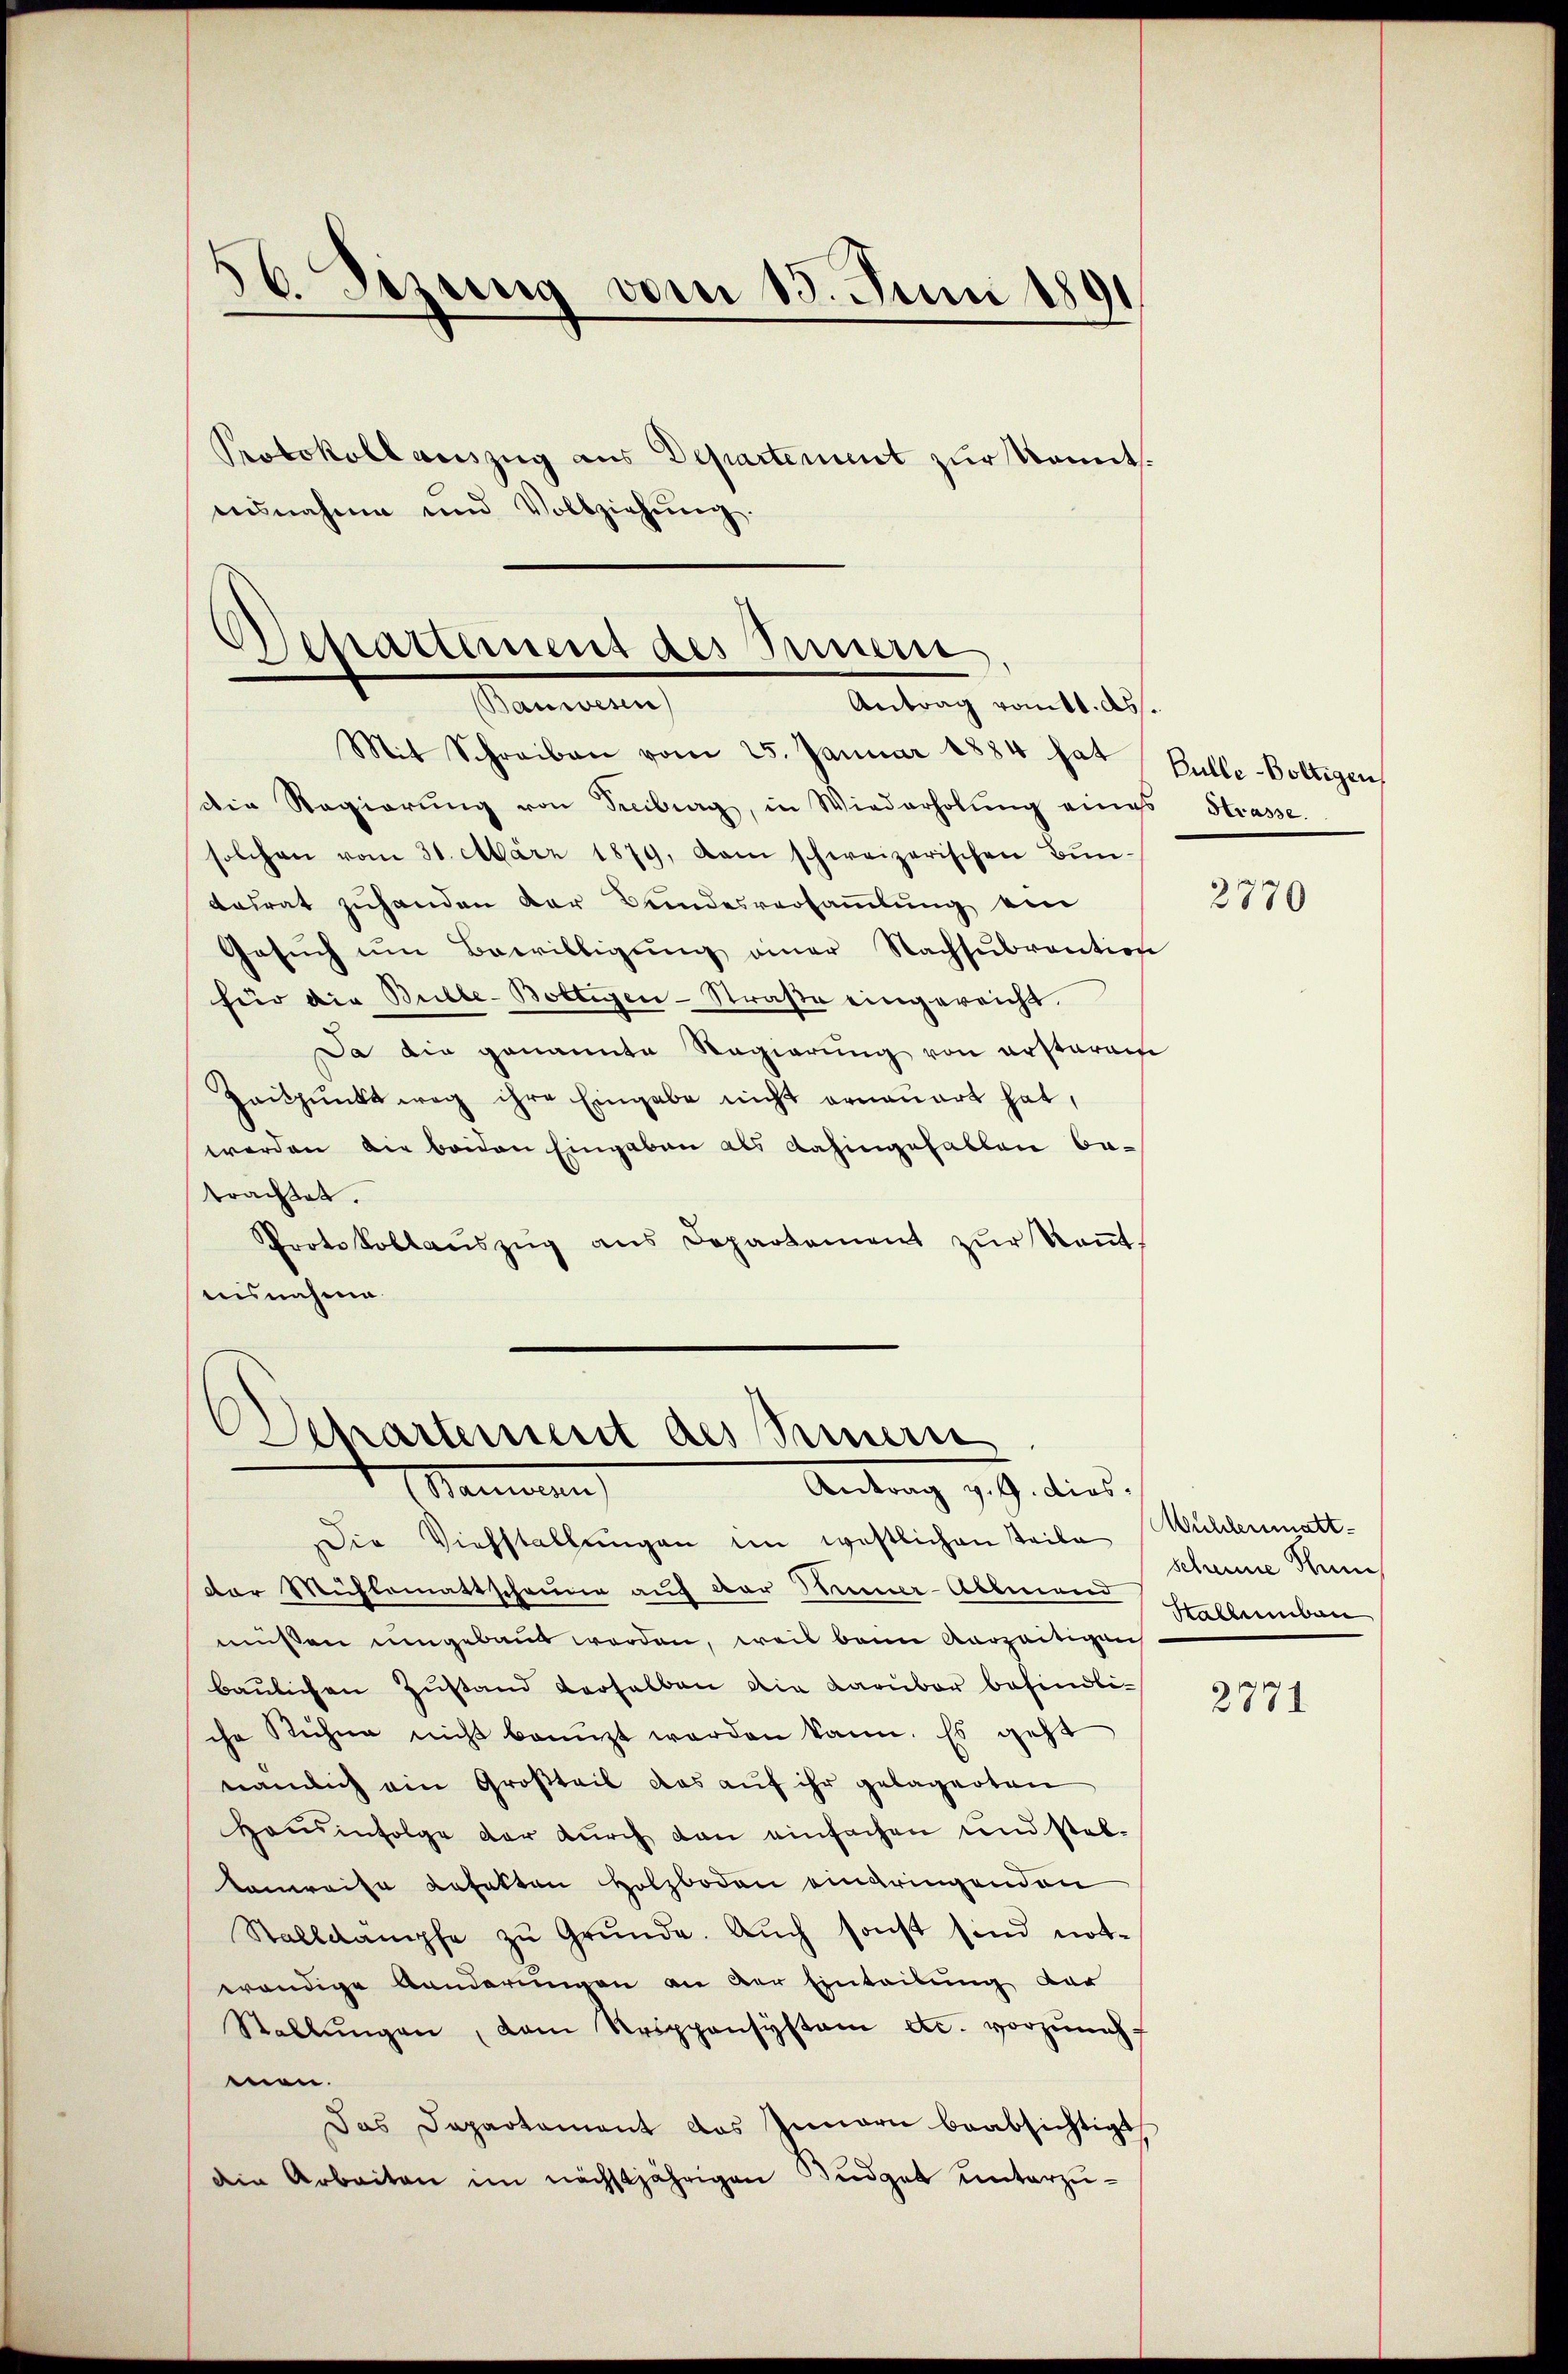
Mit Schreiben vom 25. Januar 1884 hat Bulle-Voltigen
die Regierŭng von Freiburg, in Wiederholŭng eines Strasse
solchen vom 31. März 1879, kam schweizerischen Bundatrat zuhanden der Bundesversammlung ein
Gesŭch ŭm Bewilligŭng einer Nachsubvention
für die Bulle-Boltigen - Straße eingereicht.
Da die genannte Regierung von ersterem
Zeitpunkt weg ihre Eingabe nicht ernauert hat,
werden die beiden Eingaben als dahingehalten betrachtet.
Protokollaŭszŭg ans Departement zŭr Keṅt
aisnahme

56. Sezung vom 15. Juni 1891

Protokoll auszug aus Departement zur konnt.
asnahme und Vollziehŭng.

tartement des Innern
Bauwesen
Antrag vomtt. ds.

Departement des Sinnern
Manen
Antrag v. 9. dies

Die Viehstallŭngen im westlichen Teile Mühlermatt-

der Mühlemattscheine auf der Miner-Abendend
müssen umgebaut werden, weil beim Verzeitigen
baulichen Zustand derselben die Larubor befindliche Rechne nicht benuzt werden kann. Es geht
nämlich ein Großteil das auf ihr gelagerten
Hausinfolge der durch dan einfachen und stel-
kanreise befetten Holzboden eingringenden
Stalldämpfe zŭ Grŭnde. Auch sonst sind not-
wendige Banderungen an der Einteilung der
Stallŭngen, dem Ursppansystem etc. vorzuneh
men.
Das Departament das Innern beabsichtigt
dein Arbeiten im nächstjährigen Budget unterzu¬

2770

scheine Sum
Stallumbau

2771